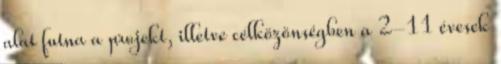
alat futna a projekt, illetve célközönségben a 2-11 évesek